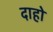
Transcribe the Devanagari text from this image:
दाहो